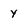
Character: y